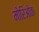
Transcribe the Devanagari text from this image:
मोरिओता